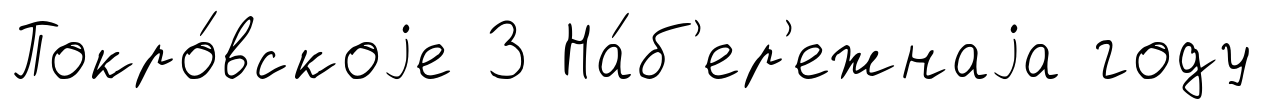
Покро́вскоjе 3 На́б'ер'ежнаjа году